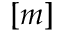
[ m ]